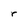
Character: r